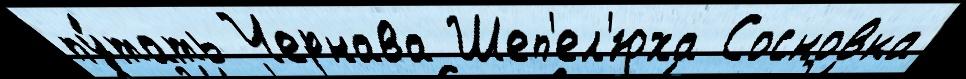
пу́тать Чернава Шеп'ел'юха Сосновка